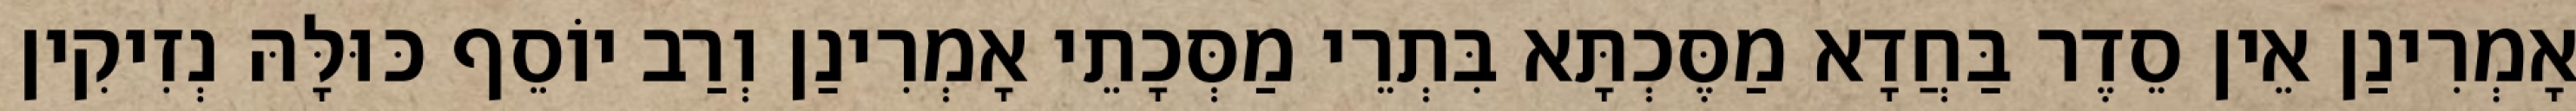
אָמְרִינַן אֵין סֵדֶר בַּחֲדָא מַסֶּכְתָּא בִּתְרֵי מַסְּכָתֵי אָמְרִינַן וְרַב יוֹסֵף כּוּלָּהּ נְזִיקִין